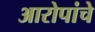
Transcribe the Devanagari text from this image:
आरोपांचे